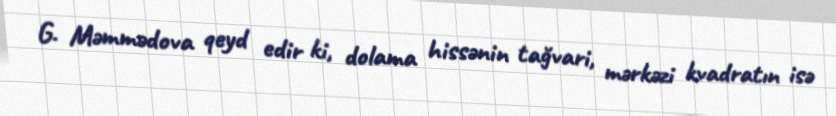
G. Məmmədova qeyd edir ki, dolama hissənin tağvari, mərkəzi kvadratın isə